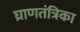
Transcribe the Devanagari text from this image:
घ्राणतंत्रिका